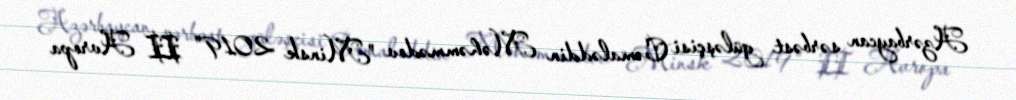
Azərbaycan sərbəst güləşçisi Cəmaləddin Məhəmmədov "Minsk 2019" II Avropa